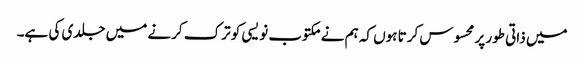
میں ذاتی طور پر محسوس کرتا ہوں کہ ہم نے مکتوب نویسی کو ترک کرنے میں جلدی کی ہے۔